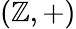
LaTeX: \left(\mathbb{Z},+\right)